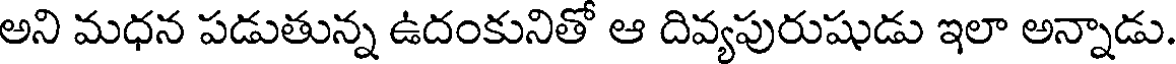
అని మధన పడుతున్న ఉదంకునితో ఆ దివ్యపురుషుడు ఇలా అన్నాడు.